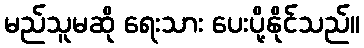
မည်သူမဆို ရေးသား ပေးပို့နိုင်သည်။